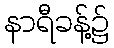
နာရီခန့်၌